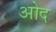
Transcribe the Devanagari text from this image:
ओद